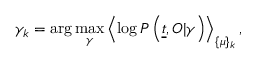
\gamma _ { k } = \arg \operatorname* { m a x } _ { \gamma } \left\langle \log P \left( \underline { { t } } , O | \gamma \right) \right\rangle _ { \{ \mu \} _ { k } } ,